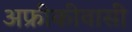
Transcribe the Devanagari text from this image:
अफ्रीकीवासी